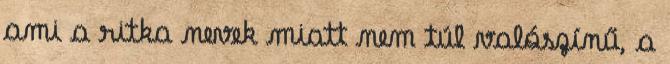
ami a ritka nevek miatt nem túl valószínű, a